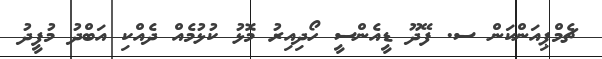
ޗެމްޕިއަންކަން ސ. ފޭދޫ ޑީއެންސީ ހޯދިއިރު މޮޅު ކުޅުމެއް ދެއްކި އަބްދު މުފީދު